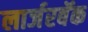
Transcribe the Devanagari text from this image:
लार्जरबॅक